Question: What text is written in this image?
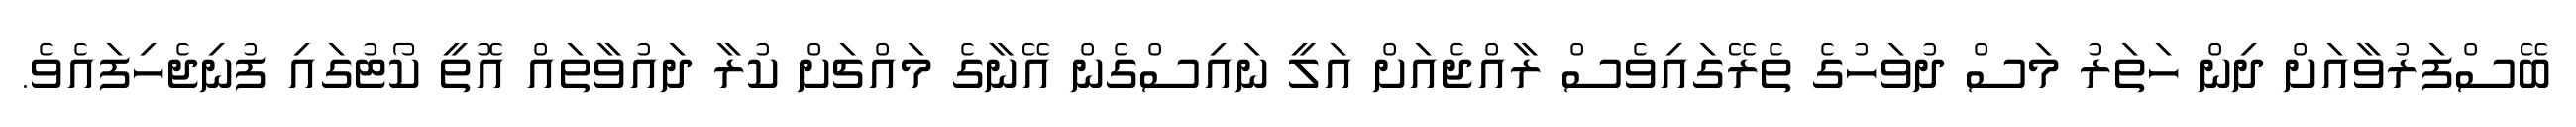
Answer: ބޭސްފަރުވާއަށް ދިން ހަތަރު މަސް ދުވަހުގެ ތެރޭގައިވެސް ރާއްޖެއަށް އަލީ ނައިސްގެން އޭނާގެ މައްޗަށް ކުރާ ދައުވާތައް އޮތީ ކޯޓުގައި ފުނިޖެހިފައެވެ.